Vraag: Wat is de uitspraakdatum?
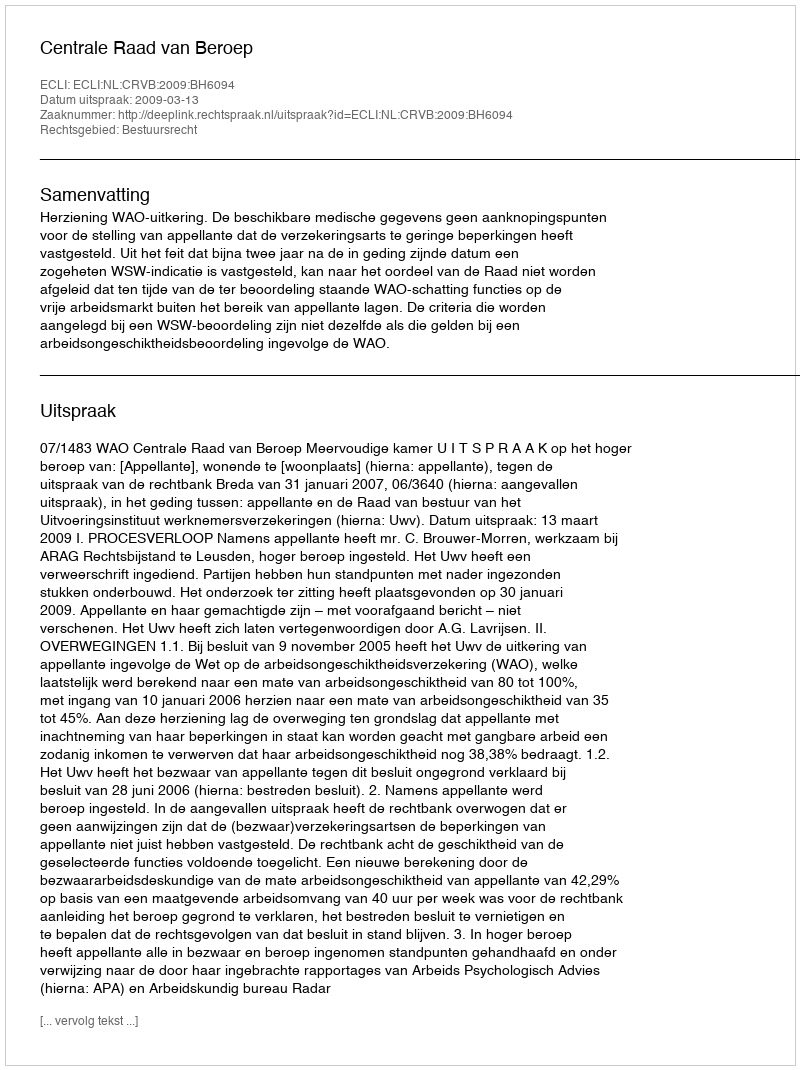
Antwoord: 2009-03-13